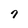
Character: 9